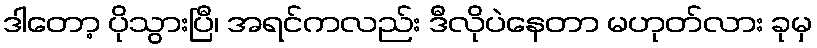
ဒါတော့ ပိုသွားပြီ၊ အရင်ကလည်း ဒီလိုပဲနေတာ မဟုတ်လား ခုမှ